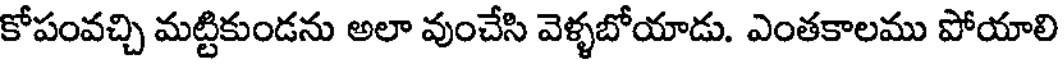
కోపంవచ్చి మట్టికుండను అలా వుంచేసి వెళ్ళబోయాడు. ఎంతకాలము పోయాలి